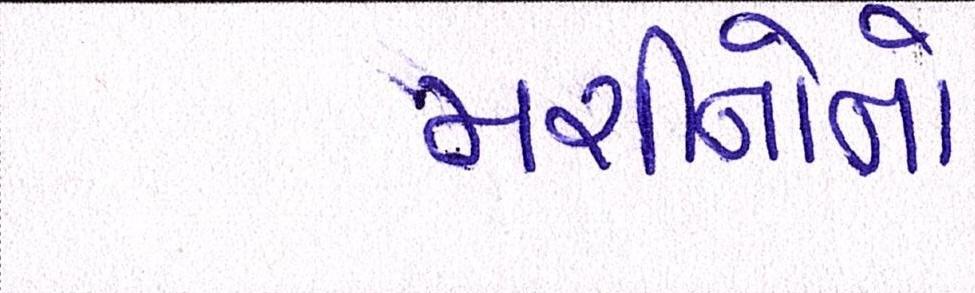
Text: મશીનોનો